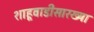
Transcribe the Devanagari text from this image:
शाहूवाडीसारख्या